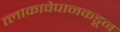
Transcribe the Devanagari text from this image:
त्लाकावेपानकडून